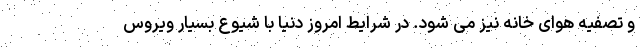
و تصفیه هوای خانه نیز می شود. در شرایط امروز دنیا با شیوع بسیار ویروس